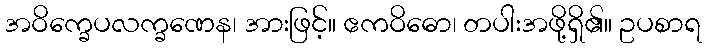
အဝိက္ခေပလက္ခဏေန၊ အားဖြင့်။ ဧကဝိဓော၊ တပါးအဖို့ရှိ၏။ ဥပစာရ